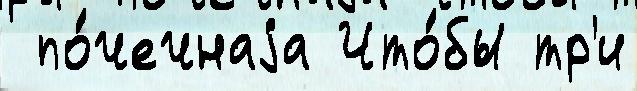
 по́чечнаjа Что́бы тр'и